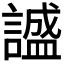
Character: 𬣅